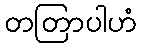
တတြာပါဟံ